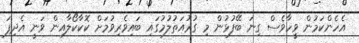
އެހެންކަމުން ވީހާވެސް ގިނަ ބޭފުޅުން މި ގުރުއަތުލުމުގައި ބައިވެރިވުމަށް ކޮކާކޯލާއިން ވަނީ އެދިފަ